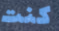
كنت